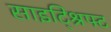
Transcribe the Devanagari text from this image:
साइट्श्रिफ्ट